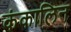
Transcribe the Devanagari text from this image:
कंकालिन